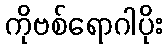
ကိုဗစ်ရောဂါပိုး